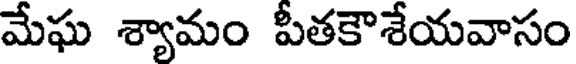
మేఘ శ్యామం పీతకౌశేయవాసం